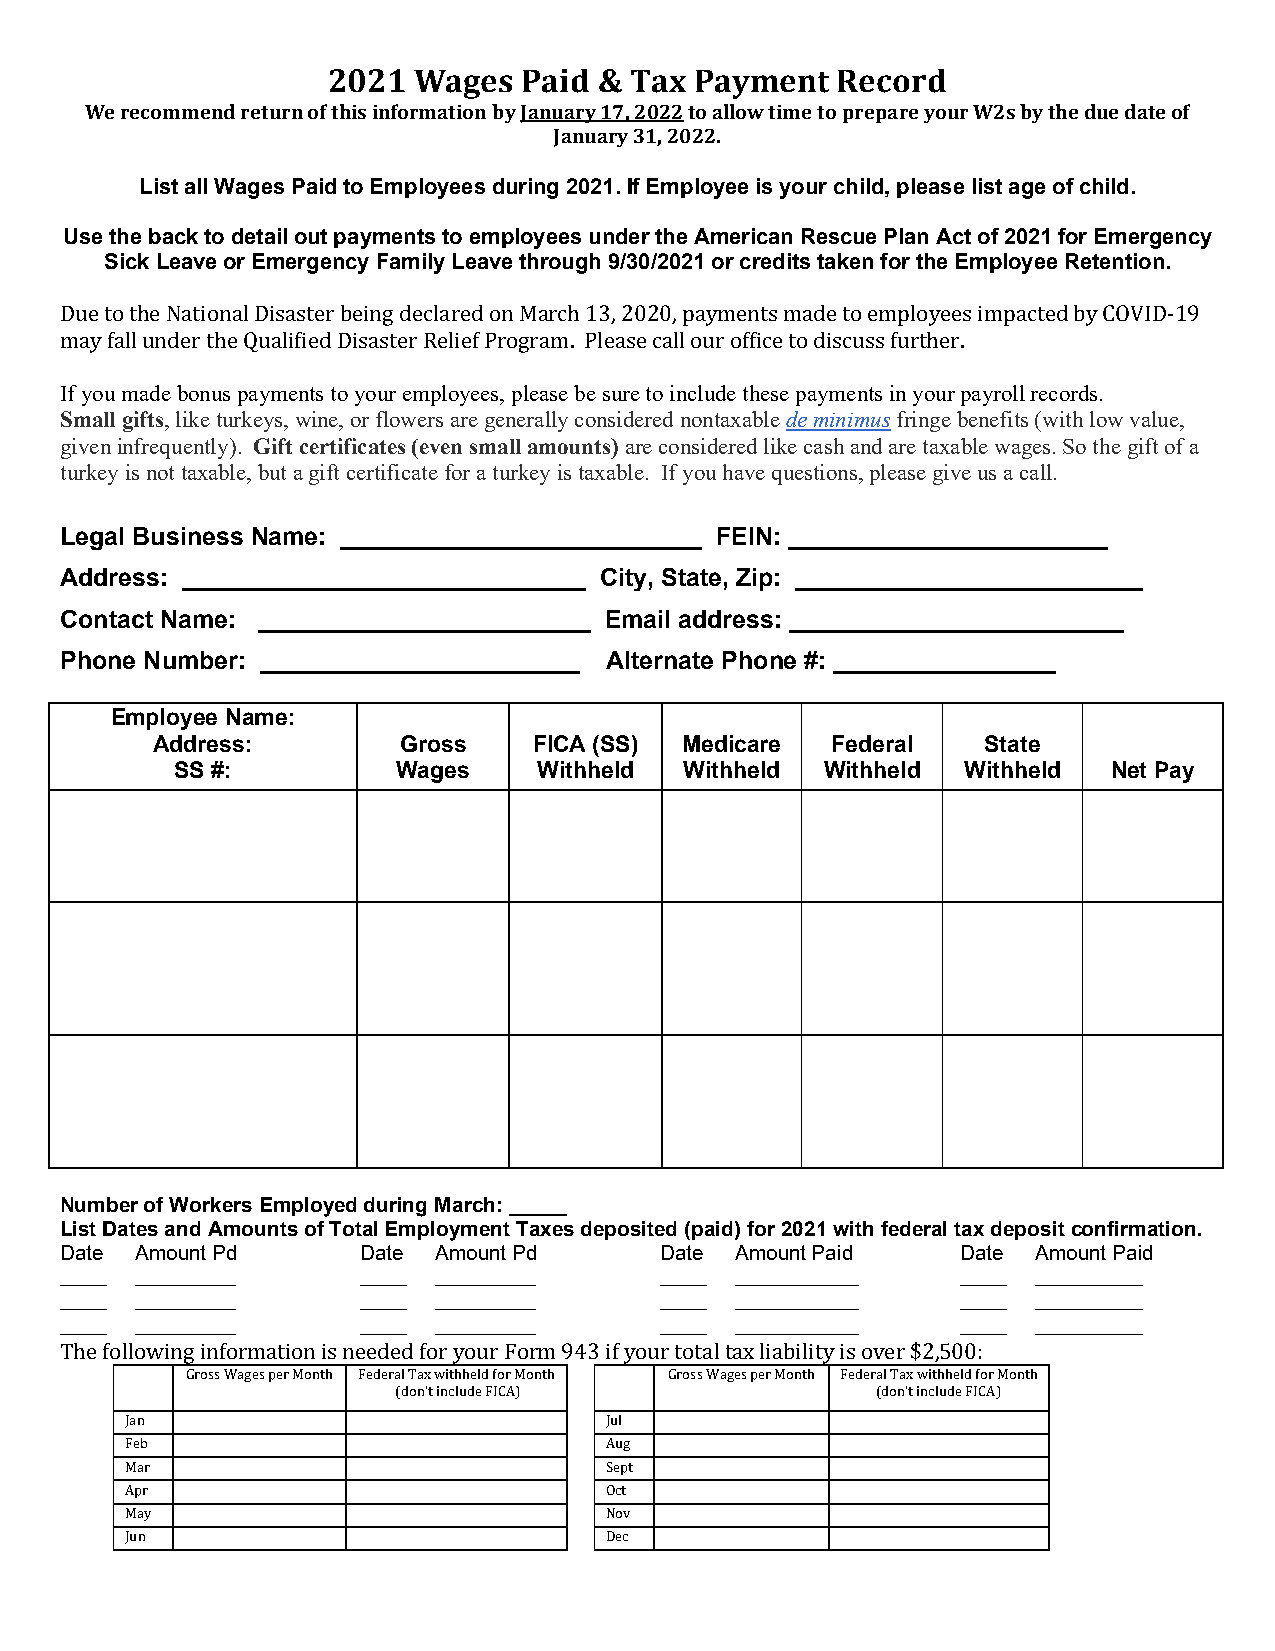
2021 Wages   Paid & Tax Payment  Record
 We recommend return of this information by January 17, 2022 to allow time to prepare your W2s by the due date of
 January 31, 2022.
 List all Wages Paid to Employees during 2021. If Employee is your child, please list age of child.
 Use the back to detail out payments to employees under the American Rescue Plan Act of 2021 for Emergency
 Sick Leave or Emergency Family Leave through 9/30/2021 or credits taken for the Employee Retention.
 Due to the National Disaster being declared on March 13, 2020, payments made to employees impacted by COVID-19
 mIf ayyo ufa mll audned beorn tuhse p Qauymaleifnietsd t Do iysoausrt eerm Rpeloliyeef ePsr, opgleraasme .b Pe lseuarsee t oca ilnl coluudr eo tfhfiecsee t poa dyimsceunstss ifnu rytohuerr p. ayroll records.
 Small gifts, like turkeys, wine, or flowers are generally considered nontaxable de minimus fringe benefits (with low value,
 given infrequently). Gift certificates (even small amounts) are considered like cash and are taxable wages. So the gift of a
 turkey is not taxable, but a gift certificate for a turkey is taxable. If you have questions, please give us a call.
 Legal Business Name: __________________________ FEIN: _______________________
 Address: _____________________________ City, State, Zip: _________________________
 Contact Name: ________________________ Email address: ________________________
 Phone Number: _______________________ Alternate Phone #: ________________
 Employee Name:
 Address:        Gross    FICA (SS) Medicare  Federal   State
 SS #:         Wages     Withheld Withheld  Withheld Withheld  Net Pay
 Number of Workers Employed during March: _____
 List Dates and Amounts of Total Employment Taxes deposited (paid) for 2021 with federal tax deposit confirmation.
 Date Amount Pd      Date Amount Pd      Date Amount Paid    Date Amount Paid
 ______ _____________ ______ _____________ ______ ________________ ______ ______________
 ______ _____________ ______ _____________ ______ ________________ ______ ______________
 ______ _____________ ______ _____________ ______ ________________ ______ ______________
 The following information is needed for your Form 943 if your total tax liability is over $2,500:
 Gross Wages per Month Federal Tax withheld for Month Gross Wages per Month Federal Tax withheld for Month
 (don’t include FICA)            (don’t include FICA)
 Jan                             Jul
 Feb                             Aug
 Mar                             Sept
 Apr                             Oct
 May                             Nov
 Jun                             Dec